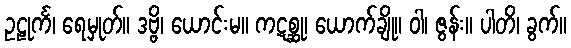
ဥဠုင်္က၊ ရေမှုတ်။ ဒဗ္ဗိ၊ ယောင်းမ။ ကဋစ္ဆု၊ ယောက်ချို။ ဝါ၊ ဇွန်း။ ပါတိ၊ ခွက်။